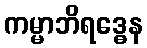
ကမ္မာဘိရဒ္ဓေန